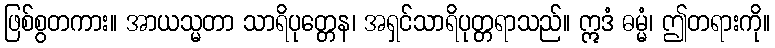
ဖြစ်စွတကား။ အာယသ္မတာ သာရိပုတ္တေန၊ အရှင်သာရိပုတ္တရာသည်။ ဣဒံ ဓမ္မံ၊ ဤတရားကို။